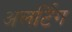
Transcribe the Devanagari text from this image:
अलर्टिंग